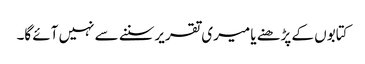
کتابوں کے پڑھنے یا میری تقریرسننے سے نہیں آئے گا۔